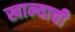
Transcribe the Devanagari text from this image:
खान्याची